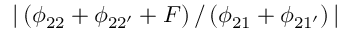
| \left( \phi _ { 2 2 } + \phi _ { 2 2 ^ { \prime } } + F \right) / \left( \phi _ { 2 1 } + \phi _ { 2 1 ^ { \prime } } \right) |